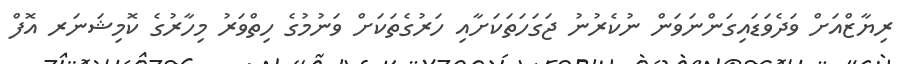
ރިޔާޒްއަށް ވަދެވަޑައިގަންނަވަން ނުކެރުނު ޖަގަހަތަކަށާއި ހަރުގެތަކަށް ވަނުމުގެ ހިތްވަރު މިހާރުގެ ކޮމިޝަނަރ އޮފް